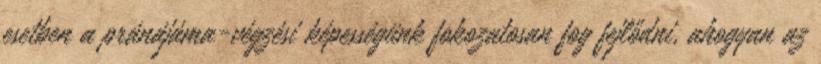
esetben a pránájáma-végzési képességünk fokozatosan fog fejlődni, ahogyan az